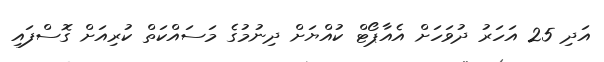
އަދި 25 އަހަރު ދުވަހަށް އެއާޕޯޓް ކުއްޔަށް ދިނުމުގެ މަސައްކަތް ކުރިއަށް ގޮސްފައި